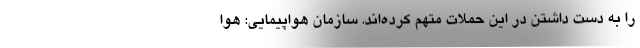
را به دست داشتن در این حملات متهم کرده‌اند. سازمان هواپیمایی: هوا